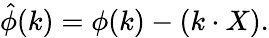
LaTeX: {\hat{\phi}}(k)=\phi(k)-(k\cdot X).